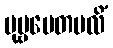
ပုဗ္ဗပေတဗလိံ